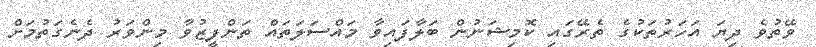
ވޭތުވެ ދިޔަ އަހަރުތަކުގެ ތެރޭގައި ކޮމިޝަނުން ބަލާފައިވާ މައްސަލަތައް ތަންފީޒުވާ މިންވަރު ދެނެގަތުމަށް